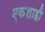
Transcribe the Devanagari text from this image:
एकशाही